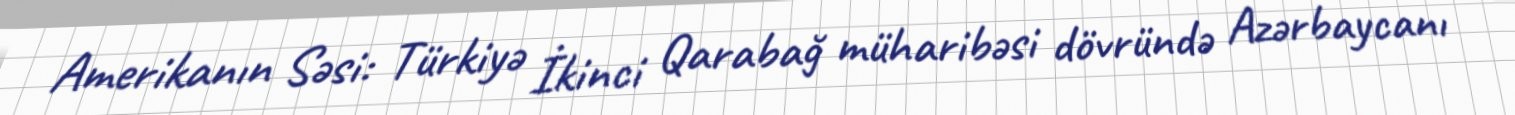
Amerikanın Səsi: Türkiyə İkinci Qarabağ müharibəsi dövründə Azərbaycanı